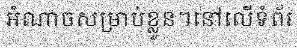
អំណាចសម្រាប់ខ្លួន។នៅលើទំព័រ